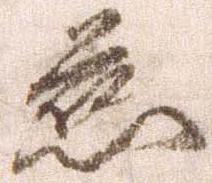
慈